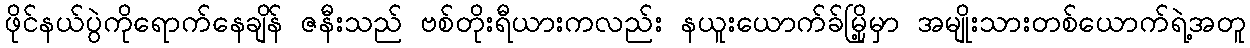
ဖိုင်နယ်ပွဲကိုရောက်နေချိန် ဇနီးသည် ဗစ်တိုးရီယားကလည်း နယူးယောက်ခ်မြို့မှာ အမျိုးသားတစ်ယောက်ရဲ့အတူ